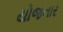
યોજનાર